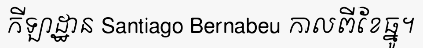
កីឡាដ្ឋាន Santiago Bernabeu កាលពីខែធ្នូ។